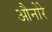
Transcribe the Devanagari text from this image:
औनोरे